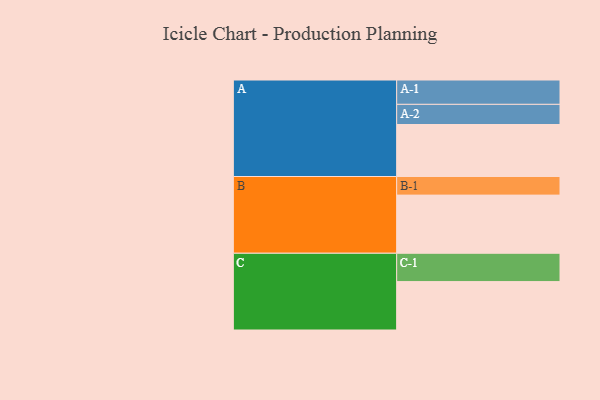
{"axis": {"x": "Segment", "y": "Value"}, "legend": ["", "A", "B", "C"], "data": [{"x": "A", "y": 534, "type": ""}, {"x": "B", "y": 597, "type": ""}, {"x": "C", "y": 497, "type": ""}, {"x": "A-1", "y": 250, "type": "A"}, {"x": "A-2", "y": 207, "type": "A"}, {"x": "B-1", "y": 191, "type": "B"}, {"x": "C-1", "y": 291, "type": "C"}]}